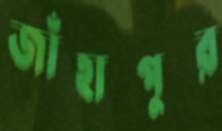
জাঁহাপুর